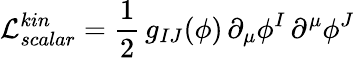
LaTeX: \mathcal{L}_{scalar}^{kin}=\frac{1}{2}\, g_{IJ}(\phi)\, \partial_{\mu}\phi^{I}\, \partial^{\mu}\phi^{J}